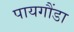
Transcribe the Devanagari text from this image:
पायगौंडा